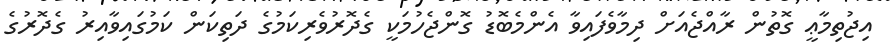
އިޖުތިމާޢީ ގޮތުން ރާއްޖެއަށް ދިމާވެފައިވާ އެންމެބޮޑު ގޮންޖެހުމަކީ ގެދޮރުވެރިކަމުގެ ދަތިކަން ކަމުގައިވާއިރު ގެދޮރުގެ